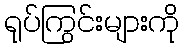
ရုပ်ကြွင်းများကို